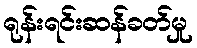
ရုန်းရင်းဆန်ခတ်မှု